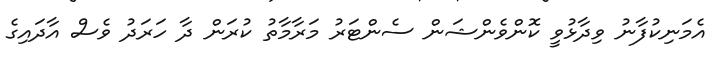
އެމަނިކުފާނު ވިދާޅުވީ ކޮންވެންޝަން ސެންޓަރު މަރާމާތު ކުރަން ދާ ހަރަދު ވެސް އާދައިގެ